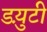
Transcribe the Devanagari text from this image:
डय़ुटी